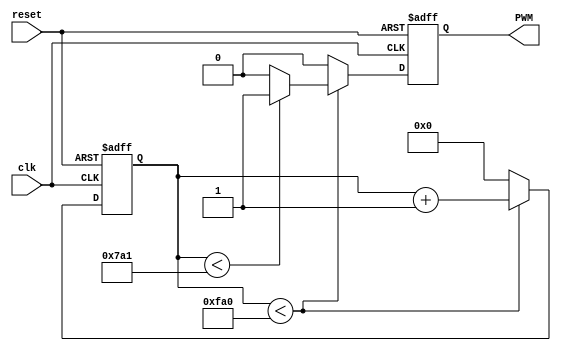
module Conveyor (
    input wire clk,
    input wire reset,
    // input [9:0] duty,
    output reg PWM
);
    parameter duty = 32'd500; // decide motor speed
    wire [31:0] count_max = 32'd100_000_000 / 32'd25000;
    wire [31:0] count_duty = count_max * duty / 32'd1024;
    reg [31:0] count;
        
    always @(posedge clk, posedge reset) begin
        if (reset) begin
            count <= 32'b0;
            PWM <= 1'b0;
        end else if (count < count_max) begin
            count <= count + 32'd1;
            if(count < count_duty)
                PWM <= 1'b1;
            else
                PWM <= 1'b0;
        end else begin
            count <= 32'b0;
            PWM <= 1'b0;
        end
    end
endmodule